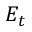
E _ { t }